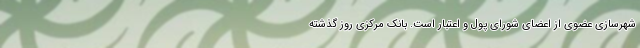
شهرسازی عضوی از اعضای شورای پول و اعتبار است. بانک مرکزی روز گذشته